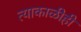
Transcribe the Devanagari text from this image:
त्याकाळीही